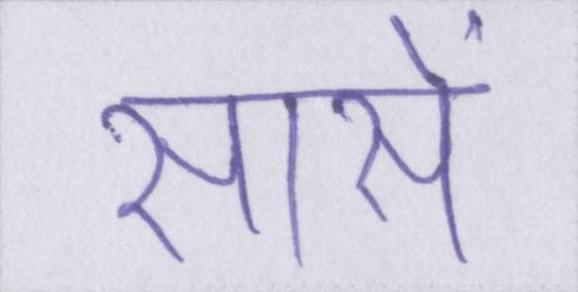
सांसें